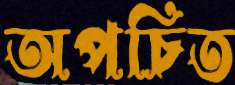
অপচিত